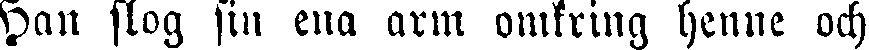
Han slog sin ena arm omkring henne och